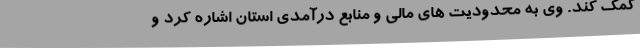
کمک کند. وی به محدودیت های مالی و منابع درآمدی استان اشاره کرد و